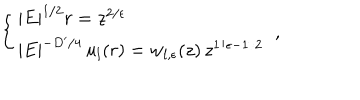
\left\{ \begin{array} { l } { { \left| E \right| ^ { 1 / 2 } r = z ^ { 2 / \epsilon } } } \\ { { | E | ^ { - D ^ { \prime } / 4 } \, u _ { l } ( r ) = w _ { l , \epsilon } ( z ) \, z ^ { 1 / \epsilon - 1 / 2 } } } \\ \end{array} \right. \; ,